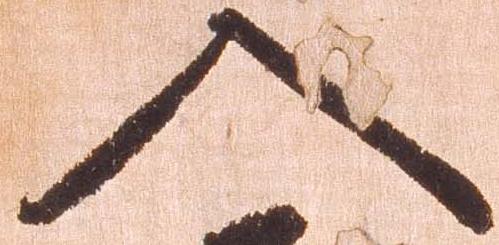
入